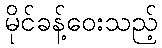
မိုင်ခန့်ဝေးသည့်